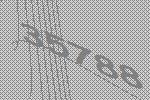
35788